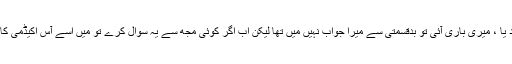
سب نے جواب دید یا ، میری باری آئی تو بدقسمتی سے میرا جواب نہیں میں تھا لیکن اب اگر کوئی مجھ سے یہ سوال کرے تو میں اسے آس اکیڈمی کا راستہ دکھاؤں گا۔